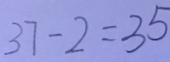
3 7 - 2 = 3 5